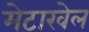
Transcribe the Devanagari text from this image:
मेटाखेल